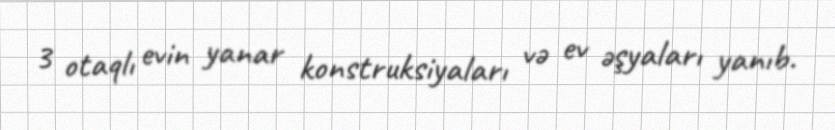
3 otaqlı evin yanar konstruksiyaları və ev əşyaları yanıb.